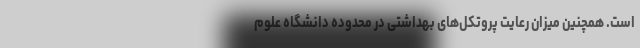
است. همچنین میزان رعایت پروتکل‌های بهداشتی در محدوده دانشگاه علوم